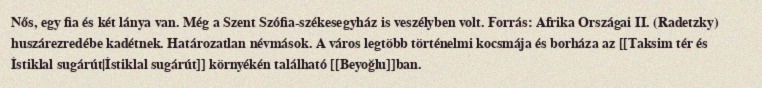
Nős, egy fia és két lánya van. Még a Szent Szófia-székesegyház is veszélyben volt. Forrás: Afrika Országai II. (Radetzky) huszárezredébe kadétnek. Határozatlan névmások. A város legtöbb történelmi kocsmája és borháza az [[Taksim tér és İstiklal sugárút|İstiklal sugárút]] környékén található [[Beyoğlu]]ban.